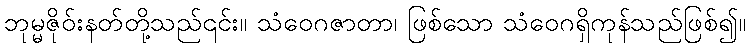
ဘုမ္မဇိုဝ်းနတ်တို့သည်၎င်း။ သံဝေဂဇာတာ၊ ဖြစ်သော သံဝေဂရှိကုန်သည်ဖြစ်၍။